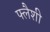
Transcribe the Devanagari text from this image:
फ्लैशी